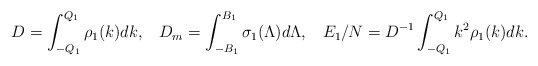
\begin{align*}D=\int_{-Q_1}^{Q_1}{\rho_1(k)dk},\;\;\;D_m=\int_{-B_1}^{B_1}{\sigma_1(\Lambda)d\Lambda},\;\;\;E_1/N=D^{-1}\int_{-Q_1}^{Q_1}{k^2\rho_1(k)dk}.\end{align*}